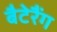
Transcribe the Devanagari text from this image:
बैटेरैंग